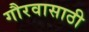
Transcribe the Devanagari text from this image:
गौरवासाठी